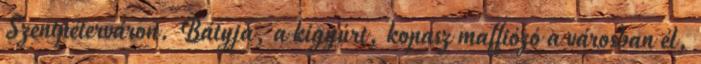
Szentpéterváron. Bátyja, a kigyúrt, kopasz maffiózó a városban él,